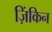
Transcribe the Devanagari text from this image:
ज़िंकिन